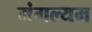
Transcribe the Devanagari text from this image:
मंगल्यम